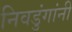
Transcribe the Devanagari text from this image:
निवडुंगांनी